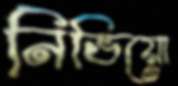
নিভিয়ো